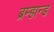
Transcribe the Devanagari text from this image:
ब्रम्हान्ड